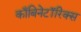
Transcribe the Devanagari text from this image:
काँबिनेटॉरिक्स